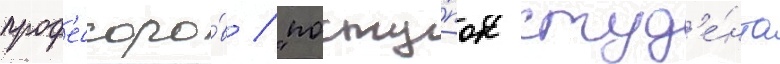
проф'ессоро́в / "посту́пок студ'е́нта